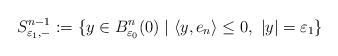
LaTeX: \begin{align*}S^{n-1}_{\varepsilon_1,-}:=\{y\in B^n_{\varepsilon_0}(0) \mid \langle y,e_n \rangle \leq 0,\ |y|=\varepsilon_1 \}\end{align*}